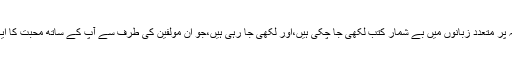
آپﷺ کی سیرت طیبہ پر متعدد زبانوں میں بے شمار کتب لکھی جا چکی ہیں،اور لکھی جا رہی ہیں،جو ان مولفین کی طرف سے آپ کے ساتھ محبت کا ایک بہترین اظہار ہے۔